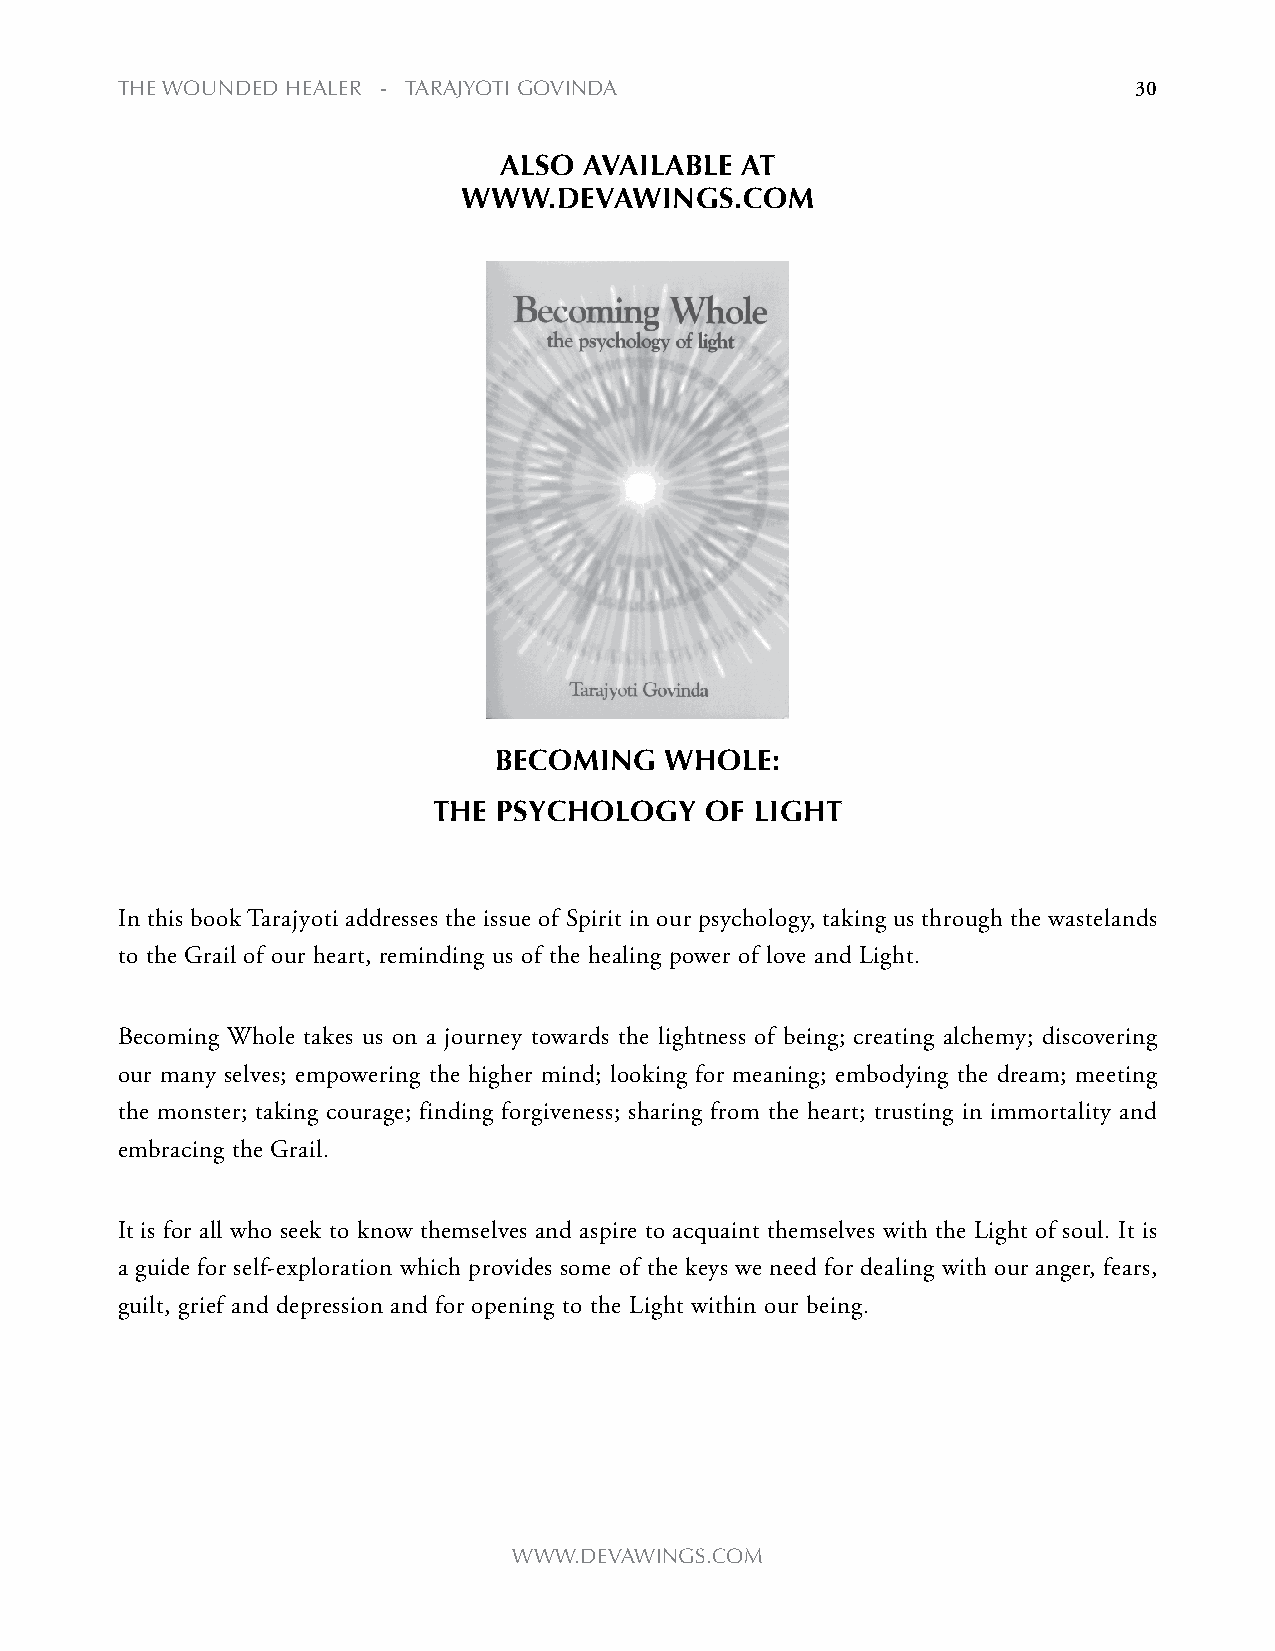
the WOUNDeD heALeR - tARAjyOti gOviNDA                             30
 also  availaBle aT
 WWW.devaWings.Com
 BeComing   Whole:
 The psyChology    of lighT
 In this book Tarajyoti addresses the issue of Spirit in our psychology, taking us through the wastelands
 to the Grail of our heart, reminding us of the healing power of love and Light.
 Becoming Whole takes us on a journey towards the lightness of being; creating alchemy; discovering
 our many selves; empowering the higher mind; looking for meaning; embodying the dream; meeting
 the monster; taking courage; finding forgiveness; sharing from the heart; trusting in immortality and
 embracing the Grail.
 It is for all who seek to know themselves and aspire to acquaint themselves with the Light of soul. It is
 a guide for self-exploration which provides some of the keys we need for dealing with our anger, fears,
 guilt, grief and depression and for opening to the Light within our being.
 WWW.DevAWiNgs.cOm